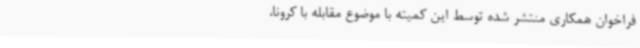
فراخوان همکاری منتشر شده توسط این کمیته با موضوع مقابله با کرونا،